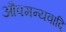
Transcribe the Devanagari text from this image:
औपमन्यवादि